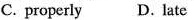
C. properly D. Late